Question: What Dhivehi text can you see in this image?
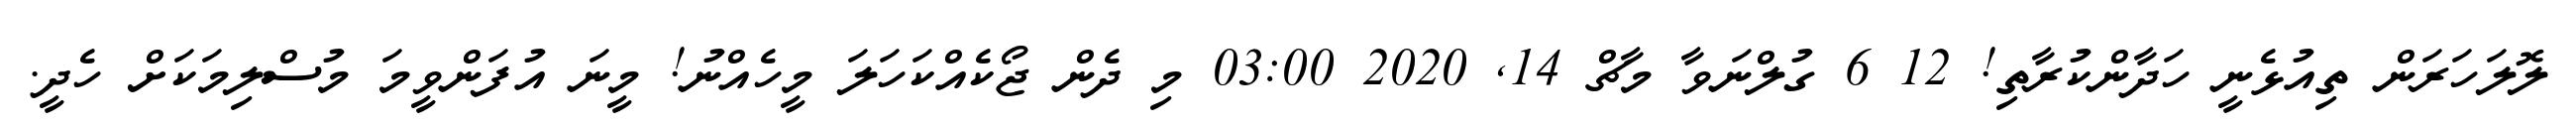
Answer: ލޮލަހަރަން ތިއުޅެނީ ހަދާންކުރާތި! 12 6 ގުލްނަވާ މާޗް 14, 2020 03:00 މި ދެން ޖޯކެއްކަހަލަ މީހެއްނު! މީނަ އުފަންވީމަ މުސްލިމަކަށް ހެދީ.